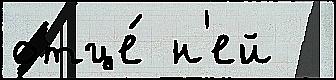
отце́ н'ей